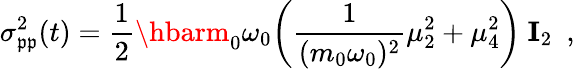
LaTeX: \sigma_{\mathfrak{p}\mathfrak{p}}^{2}(t)={\frac{{1}}{{2}}}\hbarm_{0}\omega_{0}\biggl({\frac{{1}}{{(m_{0}\omega_{0})^{2}}}}\mu_{2}^{2}+\mu_{4}^{2}\biggr)\ {\mathbf{I}_{2}}\ \ ,